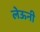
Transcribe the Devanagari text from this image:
लेऊनी